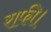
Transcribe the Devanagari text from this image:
राफी।